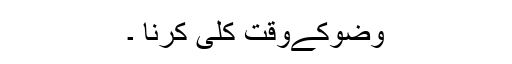
وضوکےوقت کلی کرنا ۔